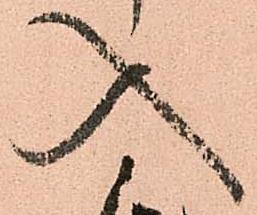
入